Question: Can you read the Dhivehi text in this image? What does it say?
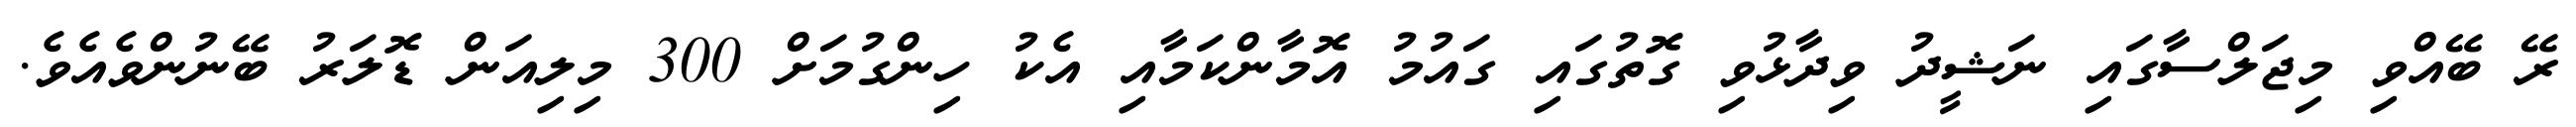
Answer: ރޭ ބޭއްވި މިޖަލްސާގައި ނަޝީދު ވިދާޅުވި ގޮތުގައި ގައުމު އޮމާންކަމާއި އެކު ހިންގުމަށް 300 މިލިއަން ޑޮލަރު ބޭނުންވެއެވެ.